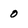
Character: 0